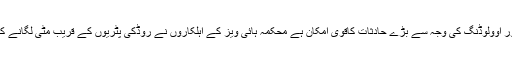
ٹریفک کی زیادہ آمدورفت اور اوولوڈنگ کی وجہ سے بڑے حادثات کاقوی امکان ہے محکمہ ہائی ویز کے اہلکاروں نے روڈکی پٹریوں کے قریب مٹی لگانے کی بجائے پتھرڈال دیتے ہیں ۔